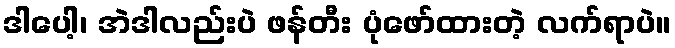
ဒါပေါ့၊ အဲဒါလည်းပဲ ဖန်တီး ပုံဖော်ထားတဲ့ လက်ရာပဲ။